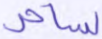
لساحر